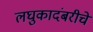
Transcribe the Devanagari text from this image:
लघुकादंबरीचे